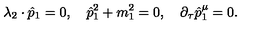
\lambda _ { 2 } \cdot \hat { p } _ { 1 } = 0 , \quad \hat { p } _ { 1 } ^ { 2 } + m _ { 1 } ^ { 2 } = 0 , \quad \partial _ { \tau } \hat { p } _ { 1 } ^ { \mu } = 0 .